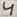
Text: 4